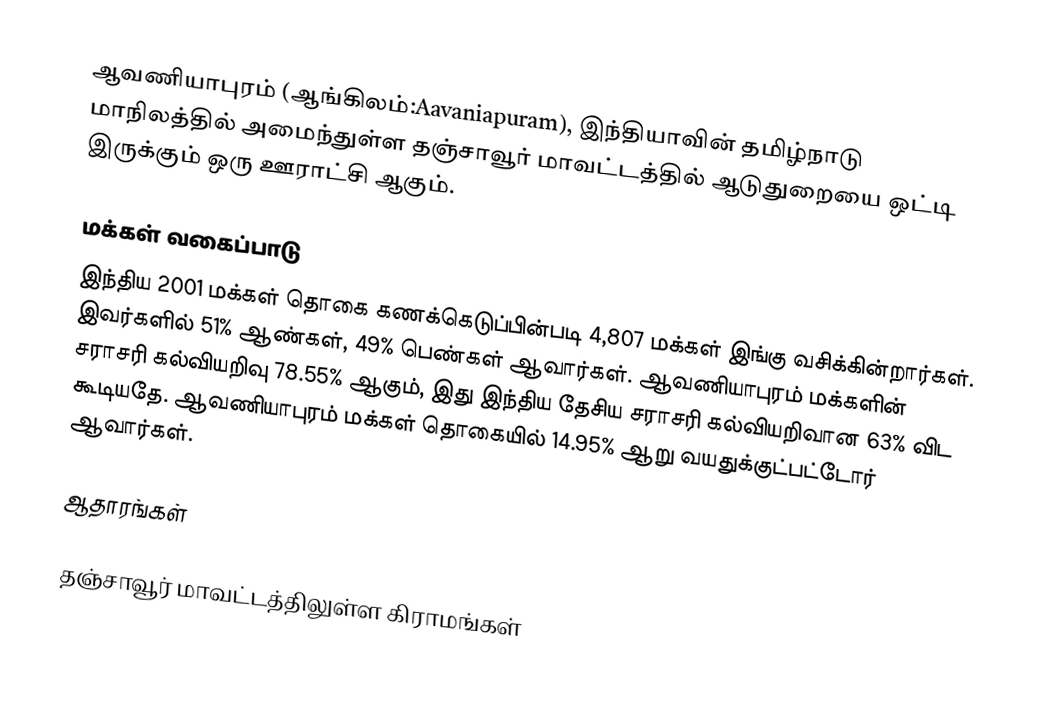
ஆவணியாபுரம்  (ஆங்கிலம்:Aavaniapuram), இந்தியாவின் தமிழ்நாடு மாநிலத்தில் அமைந்துள்ள  தஞ்சாவூர் மாவட்டத்தில் ஆடுதுறையை ஒட்டி இருக்கும் ஒரு ஊராட்சி ஆகும்.

மக்கள் வகைப்பாடு
இந்திய 2001 மக்கள் தொகை கணக்கெடுப்பின்படி 4,807 மக்கள் இங்கு வசிக்கின்றார்கள்.  இவர்களில் 51% ஆண்கள், 49% பெண்கள் ஆவார்கள். ஆவணியாபுரம்  மக்களின் சராசரி கல்வியறிவு 78.55% ஆகும்,  இது இந்திய தேசிய சராசரி கல்வியறிவான 63% விட கூடியதே. ஆவணியாபுரம் மக்கள் தொகையில் 14.95%  ஆறு வயதுக்குட்பட்டோர் ஆவார்கள்.

ஆதாரங்கள்

 தஞ்சாவூர் மாவட்டத்திலுள்ள கிராமங்கள்